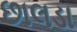
છાલડા